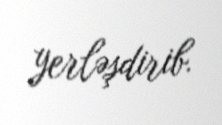
yerləşdirib.